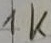
Text: 1K